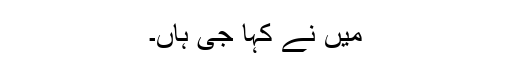
میں نے کہا جی ہاں۔